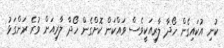
ކުނި އުކައިގެން ހޯދާ ލާރިއަކީވެސް ވައްކަން ކޮށްގެން ހޯދާ ލާރިއަށް ވުރެ ރަންގަޅު